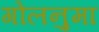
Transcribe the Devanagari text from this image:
गोलनुमा